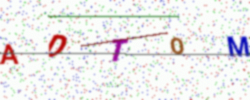
Text: ADTOM